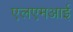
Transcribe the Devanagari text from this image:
एलएमआई